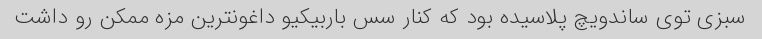
سبزی توی ساندویچ پلاسیده بود که کنار سس باربیکیو داغونترین مزه ممکن رو داشت